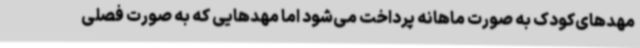
مهدهای‌کودک به صورت ماهانه پرداخت می‌شود اما مهدهایی که به صورت فصلی